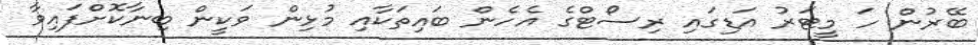
ބޭރުން ހަ މީޓަރު އަޑިގައި ރިސޯޓްގެ އެހެން ބައިތަކާއި މުޅިން ވަކީން ބިނާކޮށްފައިވާ